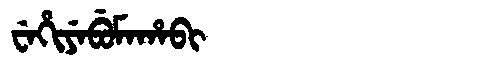
Manchu: ᠸᡝᡥᡳᠶᡝᠪᡠᠮᠠᡥᠠᠪᡳ
Romanization: WEHIYEBUMAHABI